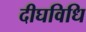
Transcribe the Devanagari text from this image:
दीघविधि